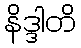
နိဒ္ဒါတိ